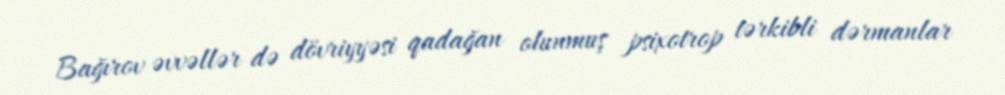
Bağırov əvvəllər də dövriyyəsi qadağan olunmuş psixotrop tərkibli dərmanlar